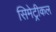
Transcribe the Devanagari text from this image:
सिमेट्रीकल